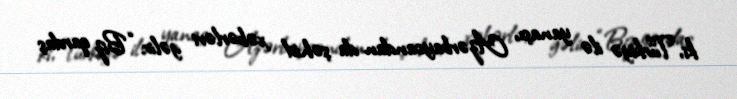
ki, Türkiyə ilə yanaşı, Azərbaycandan da şəhid xəbərləri gəlir: “Biz qardaş